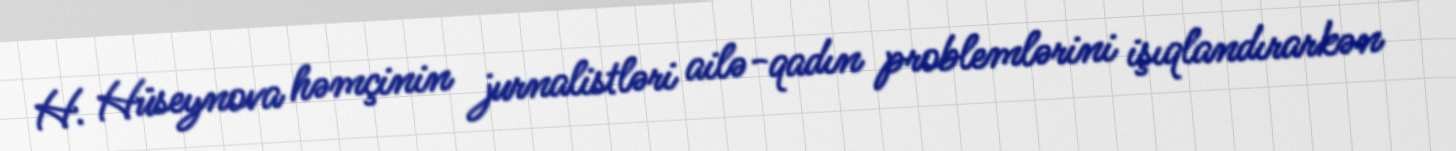
H. Hüseynova həmçinin jurnalistləri ailə-qadın problemlərini işıqlandırarkən